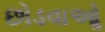
છોડવાઓૢ